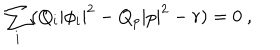
LaTeX: \sum _ { i } ( Q _ { i } | \phi _ { i } | ^ { 2 } - Q _ { p } | p | ^ { 2 } - r ) = 0 \ ,